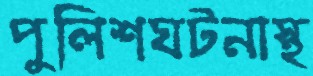
পুলিশঘটনাস্থ